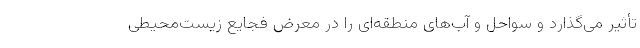
تأثیر می‌گذارد و سواحل و آب‌های منطقه‌ای را در معرض فجایع زیست‌محیطی